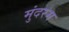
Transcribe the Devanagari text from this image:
मुंदरम